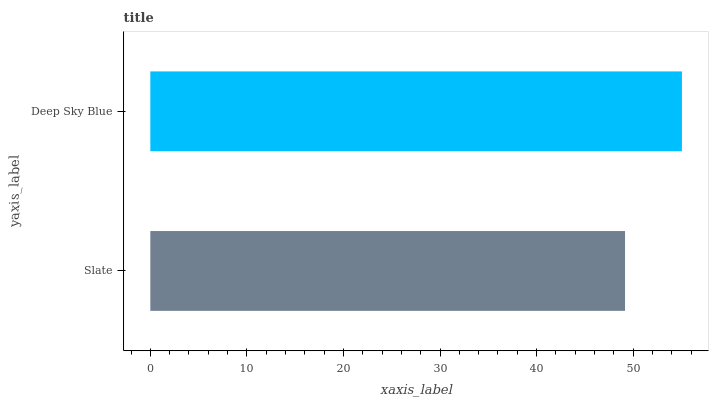
| yaxis_label | bars |
 | --- | --- |
 | Slate | 49.2 |
 | Deep Sky Blue | 55 |